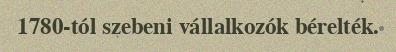
1780-tól szebeni vállalkozók bérelték.